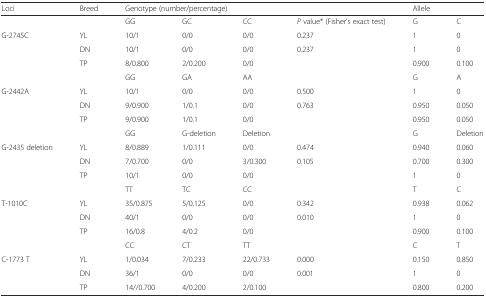
| Loci | Breed | <COLSPAN=4> Genotype (number/percentage) | <COLSPAN=2> Allele |
 | --- | --- | --- | --- | --- | --- | --- | --- |
 |  |  | GG | GC | CC | P value* (Fisher’s exact test) | G | C |
 | <ROWSPAN=3> G-2745C | YL | 10/1 | 0/0 | 0/0 | 0.237 | 1 | 0 |
 | DN | 10/1 | 0/0 | 0/0 | 0.237 | 1 | 0 |
 | TP | 8/0.800 | 2/0.200 | 0/0 |  | 0.900 | 0.100 |
 |  |  | GG | GA | AA |  | G | A |
 | <ROWSPAN=3> G-2442A | YL | 10/1 | 0/0 | 0/0 | 0.500 | 1 | 0 |
 | DN | 9/0.900 | 1/0.1 | 0/0 | 0.763 | 0.950 | 0.050 |
 | TP | 9/0.900 | 1/0.1 | 0/0 |  | 0.950 | 0.050 |
 |  |  | GG | G-deletion | Deletion |  | G | Deletion |
 | <ROWSPAN=3> G-2435 deletion | YL | 8/0.889 | 1/0.111 | 0/0 | 0.474 | 0.940 | 0.060 |
 | DN | 7/0.700 | 0/0 | 3/0.300 | 0.105 | 0.700 | 0.300 |
 | TP | 10/1 | 0/0 | 0/0 |  | 1 | 0 |
 |  |  | TT | TC | CC |  | T | C |
 | <ROWSPAN=3> T-1010C | YL | 35/0.875 | 5/0.125 | 0/0 | 0.342 | 0.938 | 0.062 |
 | DN | 40/1 | 0/0 | 0/0 | 0.010 | 1 | 0 |
 | TP | 16/0.8 | 4/0.2 | 0/0 |  | 0.900 | 0.100 |
 |  |  | CC | CT | TT |  | C | T |
 | <ROWSPAN=3> C-1773 T | YL | 1/0.034 | 7/0.233 | 22/0.733 | 0.000 | 0.150 | 0.850 |
 | DN | 36/1 | 0/0 | 0/0 | 0.001 | 1 | 0 |
 | TP | 14//0.700 | 4/0.200 | 2/0.100 |  | 0.800 | 0.200 |